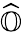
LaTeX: \widehat{\mathbb{O}}